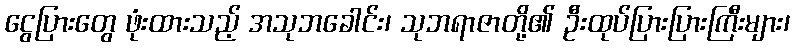
ငွေပြားတွေ ဖုံးထားသည့် အသုဘခေါင်း၊ သုဘရာဇာတို့၏ ဦးထုပ်ပြားပြားကြီးများ၊